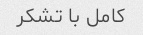
کامل با تشکر